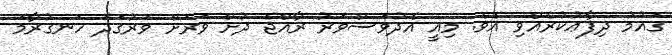
ގައުމު ދިފާޢުކުރެއްވި އެވެ. މިއީ އެދުވަސްވަރު ރާއްޖެ ދުށް ވަރަށް ވަރުގަދަ ހަނގުރާމަ